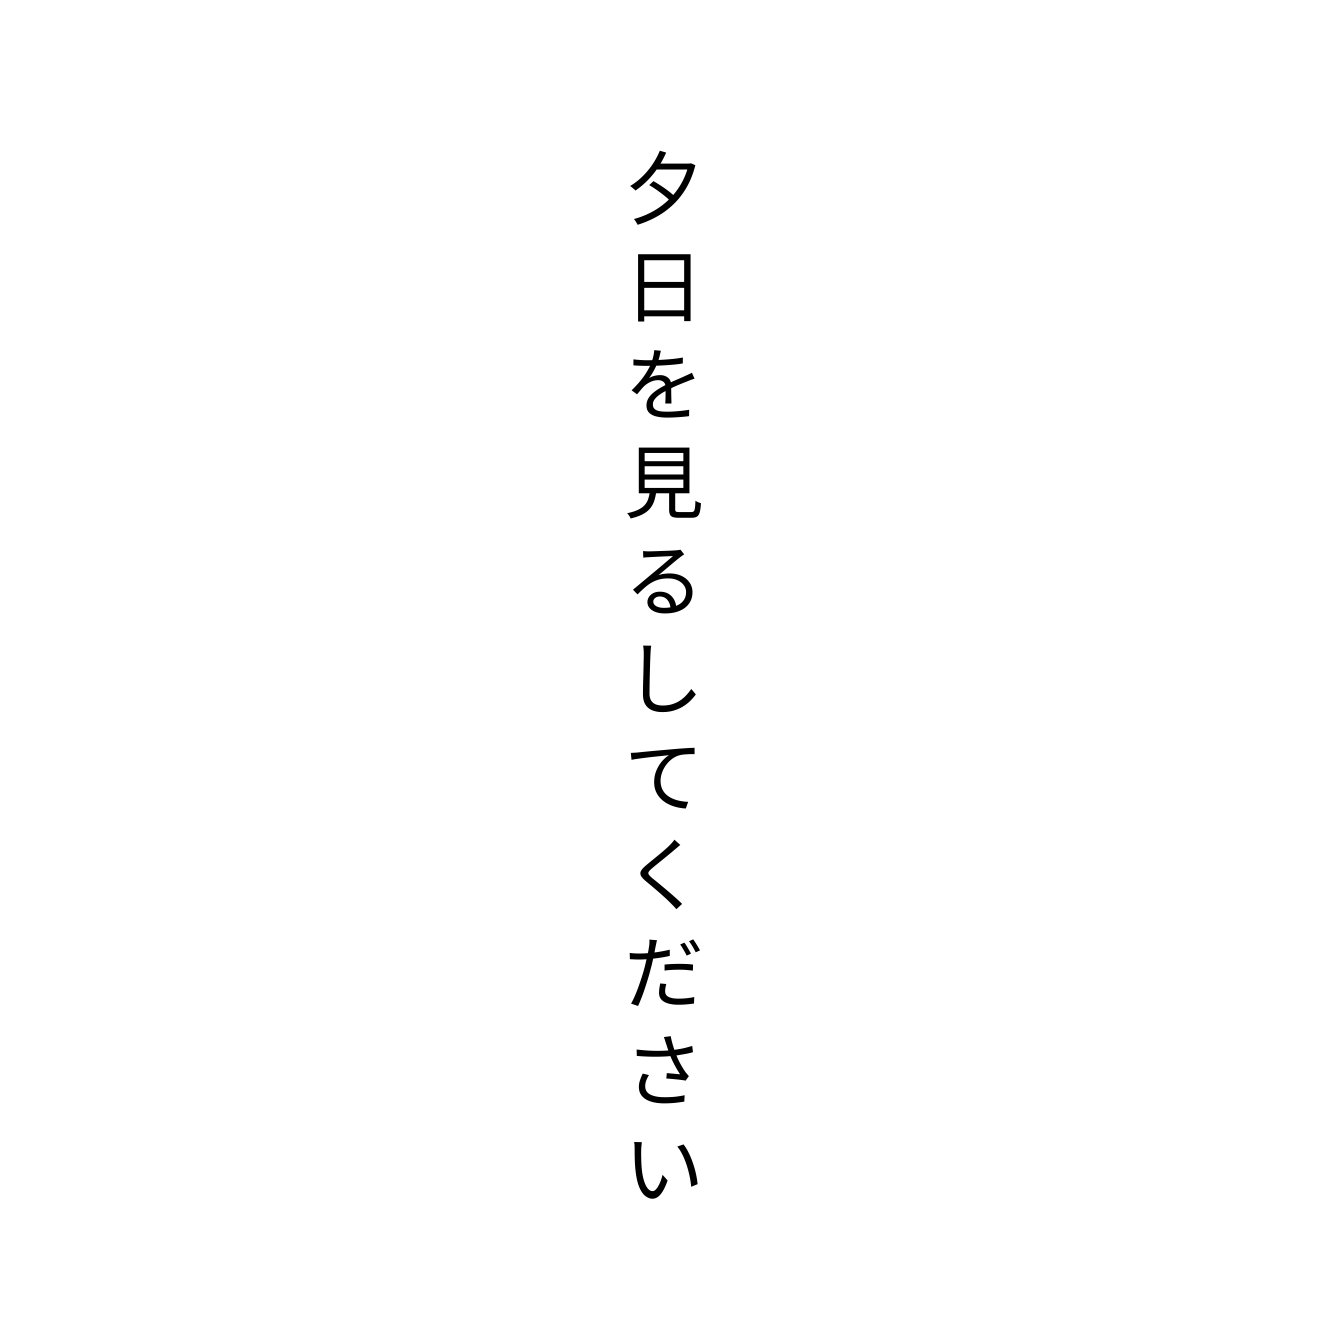
夕日を見るしてください